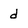
Character: d